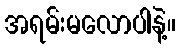
အရမ်းမလောပါနဲ့။